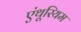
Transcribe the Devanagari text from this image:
एंथूरियम